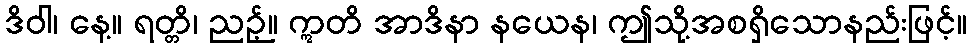
ဒိဝါ၊ နေ့။ ရတ္တိ၊ ညဉ့်။ ဣတိ အာဒိနာ နယေန၊ ဤသို့အစရှိသောနည်းဖြင့်။